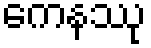
ကေနဿု